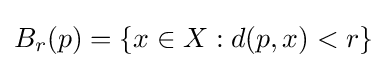
B_{r}(p)=\{x\in X:d(p,x)<r\}